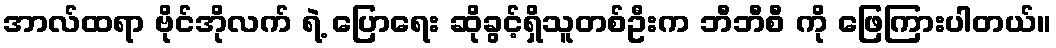
အာလ်ထရာ ဗိုင်အိုလက် ရဲ့ ပြောရေး ဆိုခွင့်ရှိသူတစ်ဦးက ဘီဘီစီ ကို ဖြေကြားပါတယ်။